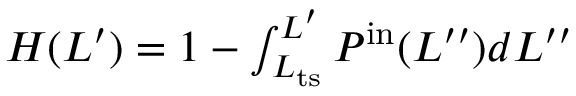
\begin{array} { r } { H ( L ^ { \prime } ) = 1 - \int _ { L _ { \mathrm { t s } } } ^ { L ^ { \prime } } P ^ { \mathrm { i n } } ( L ^ { \prime \prime } ) d L ^ { \prime \prime } } \end{array}